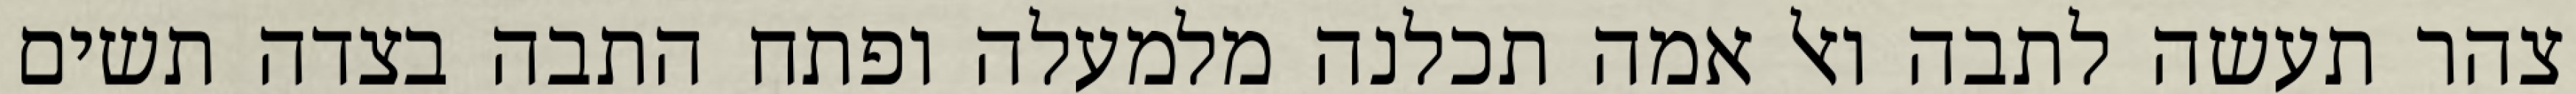
צהר תעשה לתבה ואל אמה תכלנה מלמעלה ופתח התבה בצדה תשים